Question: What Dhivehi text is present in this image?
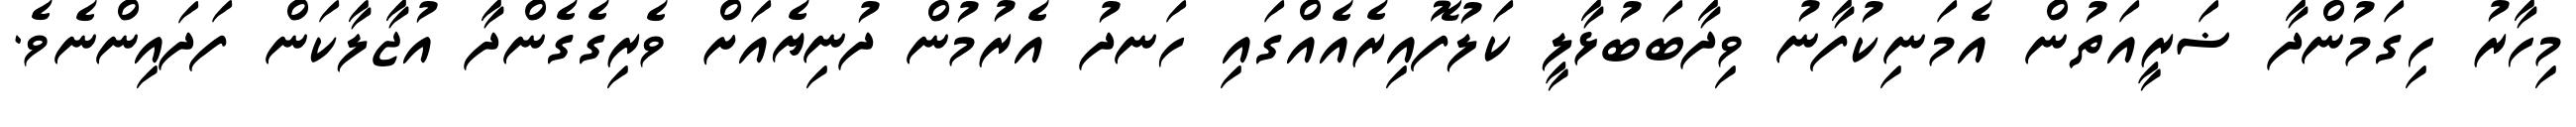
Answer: މިހާރު ހިގަމުންދާ ޟަރީއަތުން އެމަނިކުފާނު ވިދާބަބުޅާލީ ކަލުފޮއިރެއެއްގައި ހަނދު އެރުމުން ދުނިޔެއަށް ވެރިގެގެންދާ އުޖާލާކަން ފަދައިންނެވެ.